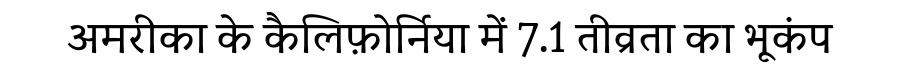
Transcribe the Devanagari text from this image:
अमरीका के कैलिफ़ोर्निया में 7.1 तीव्रता का भूकंप